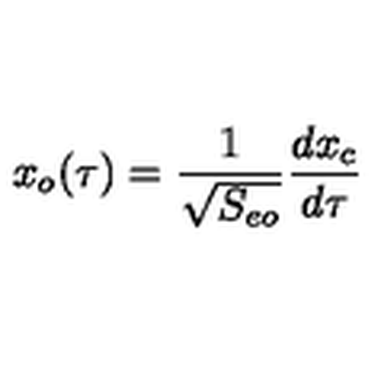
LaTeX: x _ { o } ( \tau ) = { \frac { 1 } { \sqrt { S _ { e o } } } } { \frac { d x _ { c } } { d \tau } }